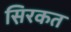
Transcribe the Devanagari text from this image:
स़िरकत